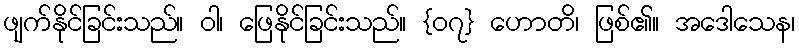
ဖျက်နိုင်ခြင်းသည်။ ဝါ၊ ဖြေနိုင်ခြင်းသည်။ {၀၇} ဟောတိ၊ ဖြစ်၏။ အဒေါသေန၊